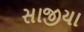
સાજીયા